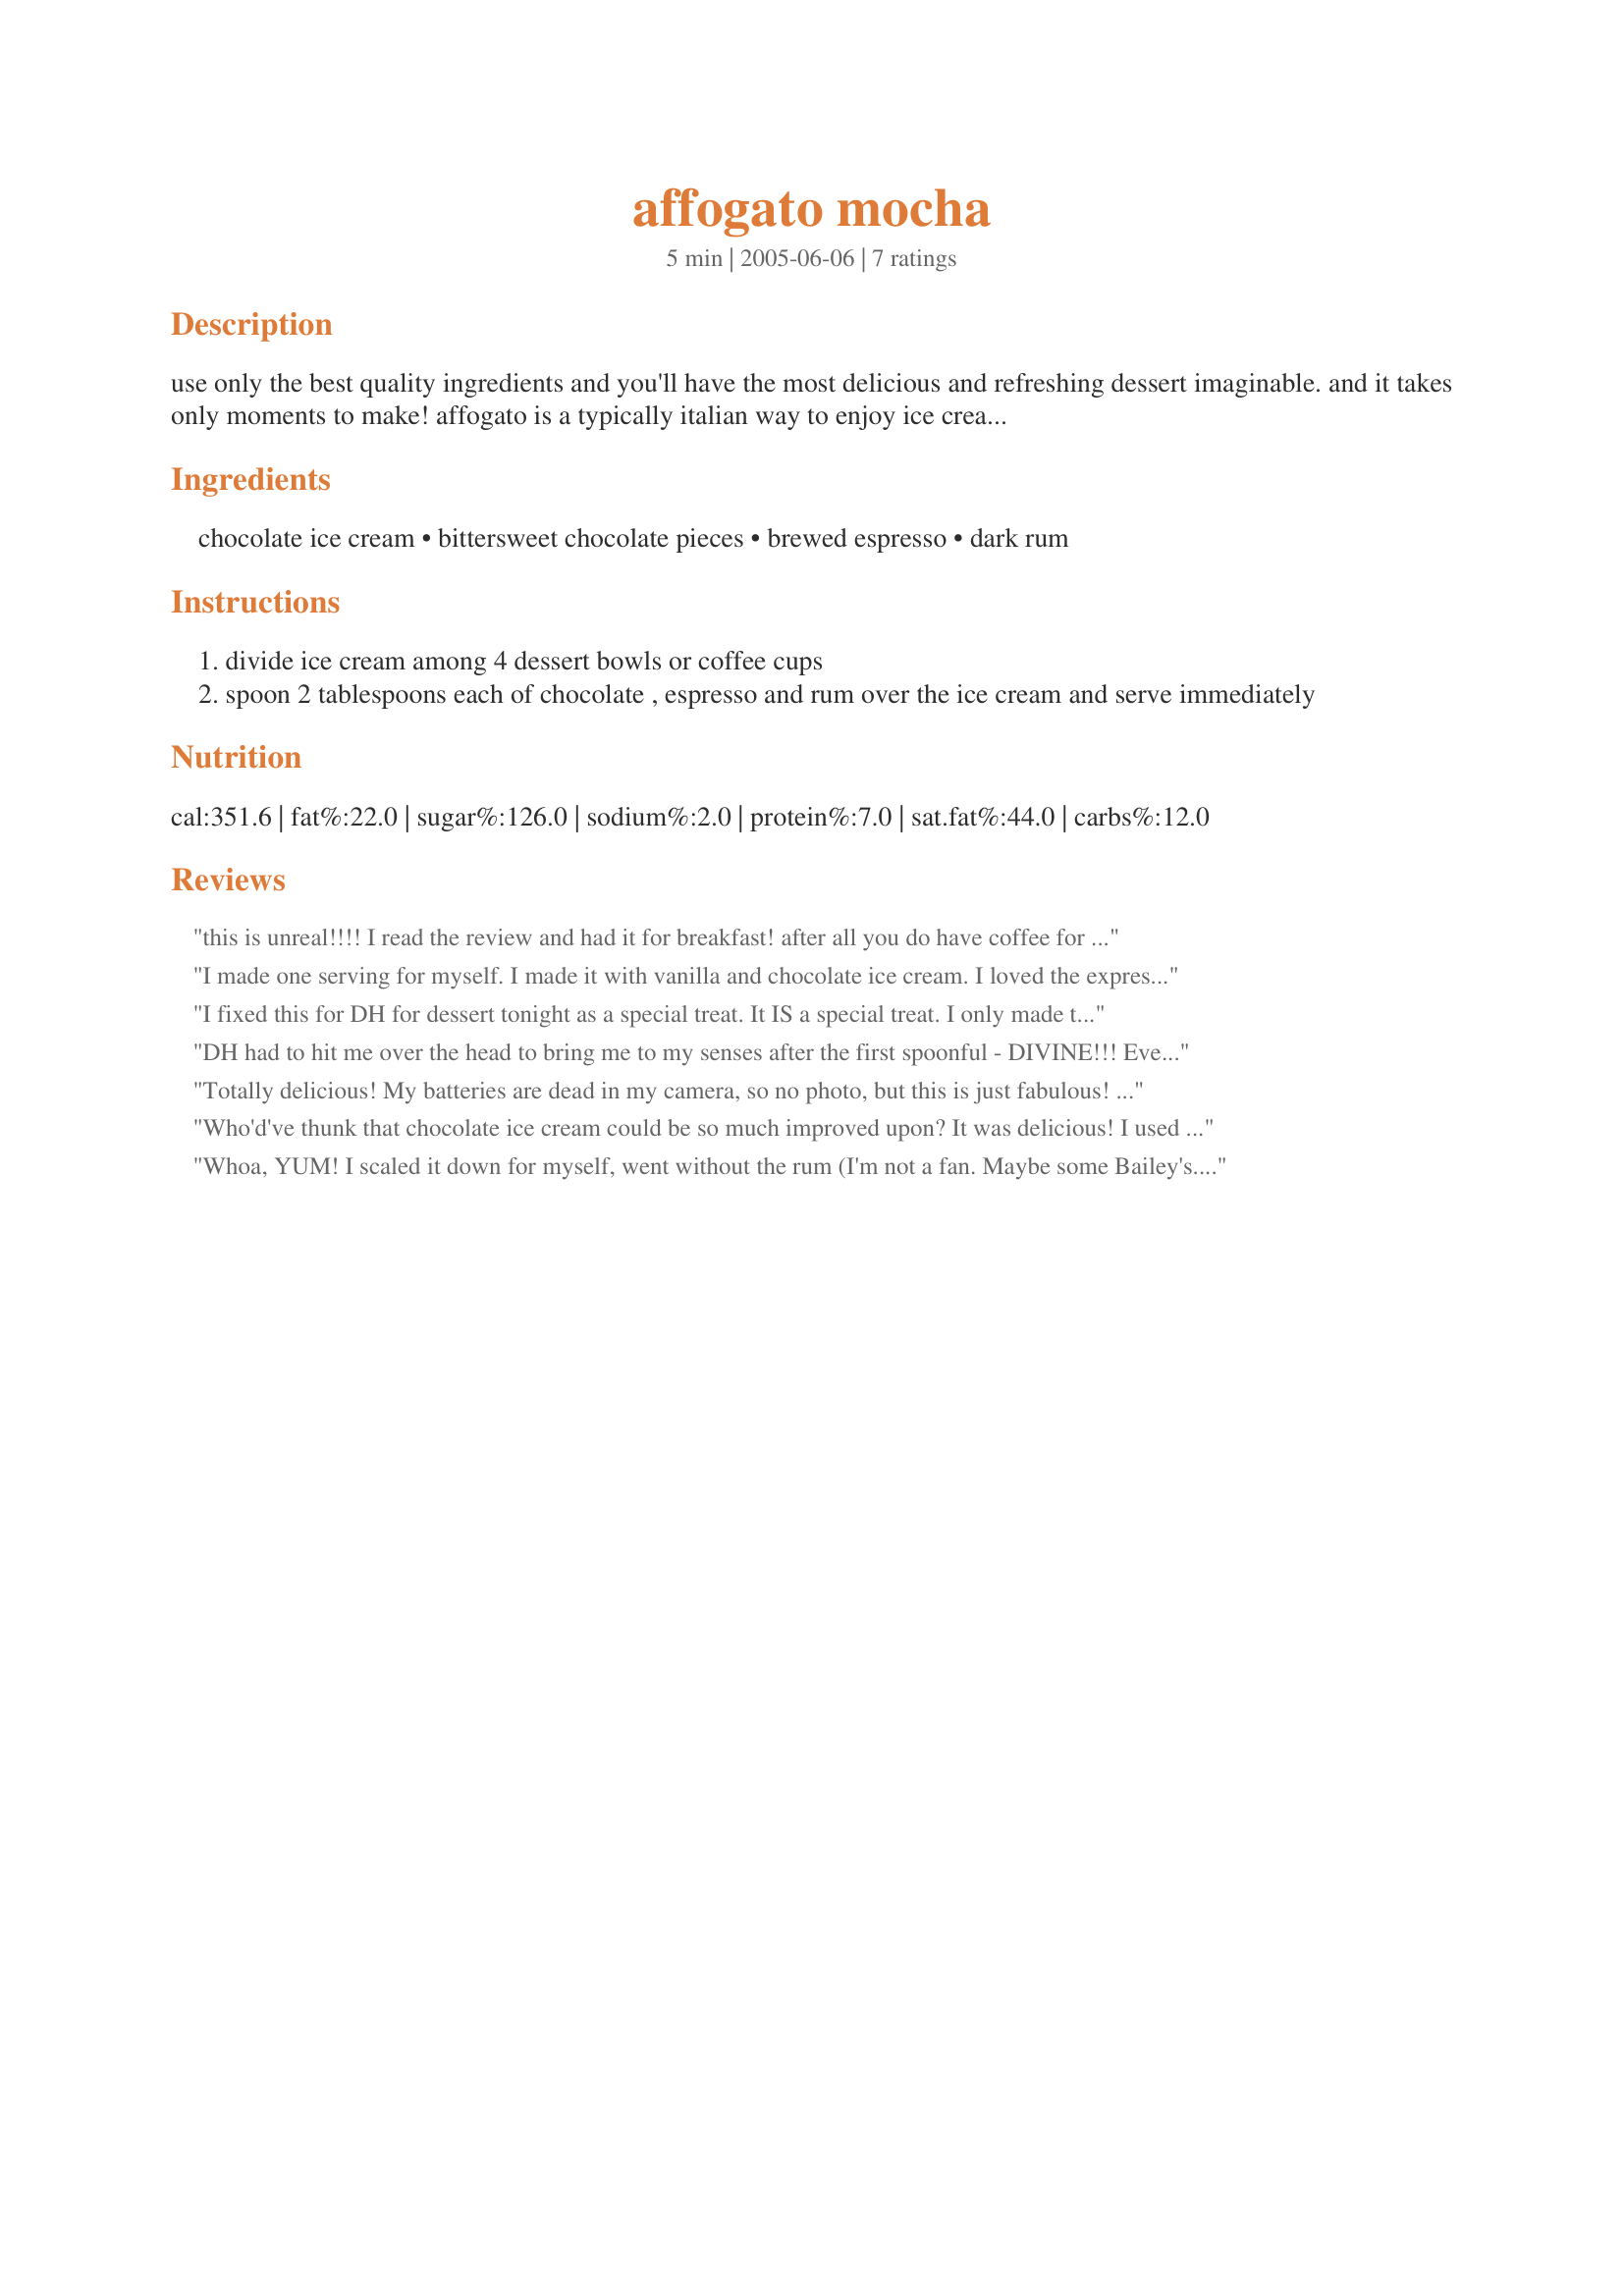
affogato mocha
Preparation time: 5 minutes

use only the best quality ingredients and you'll have the most delicious and refreshing dessert imaginable. and it takes only moments to make! affogato is a typically italian way to enjoy ice cream — it's literally 'drowned' in espresso or another liquid topping. this version of affogato mocha appeared in the may 2005 issue of bon appétit

Ingredients:
chocolate ice cream, bittersweet chocolate pieces, brewed espresso, dark rum

Steps:
divide ice cream among 4 dessert bowls or coffee cups
spoon 2 tablespoons each of chocolate , espresso and rum over the ice cream and serve immediately

Reviews:
this is unreal!!!! I read the review and had it for breakfast! after all you do have coffee for breakfast, right? this should be re-named mocha coma orgasm!!!! amazing!!!
I made one serving for myself. I made it with vanilla and chocolate ice cream. I loved the expresso and chocolate with the ice cream but found the rum a bit much. I`m thinking a nut, chocolate or coffee liquour next time around. This you do start with a spoon and end up drinking. Thanks for a great dessert/drink!
I fixed this for DH for dessert tonight as a special treat. It IS a special treat. I only made two servings, but the extras will keep just fine. I used Ben and Jerry's Coffee Heath Bar Crunch, and some aerosol whipped cream. What a truly wonderful combinstion of flavors. Thank you so much, Bluemoon.
DH had to hit me over the head to bring me to my senses after the first spoonful - DIVINE!!! Everyone must try this breeze of a recipe - especially suited for 'special' occasions and 'adult' dinner parties. I did use slightly less rum (did not actually measure, but I know it was less than 8 tablespoonfuls) as I don't want a too pronounced alcoholic flavour and much prefer the coffee/chocolate combo. The hot coffee starts to melt the ice cream on impact and you are left with a most delightful concoction in your bowl. Thank you!
Totally delicious! My batteries are dead in my camera, so no photo, but this is just fabulous! Of course I love everything in it, but I think it would appeal to anyone that likes chocolate. It was perfect, since we jumped from being in the 30's to being in the 70's in the last two days...I needed an ice cream dessert! Made for Everyday is a Holiday tag.
Who'd've thunk that chocolate ice cream could be so much improved upon? It was delicious! I used instant espresso and skipped the rum, and the ice cream I used was a very dark, dense chocolate ice cream--almost like a gelato. It was so good--we loved it! Thanks for posting, bluemoon! Made for Holiday Tag game.
Whoa, YUM!
I scaled it down for myself, went without the rum (I'm not a fan. Maybe some Bailey's..) and instead of the chopped chocolate I made a choc sauce to pour over the top, using hot choc powder & a tiny bit of water.
We only really buy ice cream when the good stuff is on special, then it's gone by the time I think to have an affogato...I'll be remembering next time, that's for sure!
